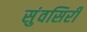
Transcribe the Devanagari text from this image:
सुंवसिरी